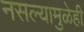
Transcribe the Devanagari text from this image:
नसल्यामुळेही